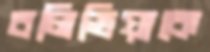
বলিভিয়াকে